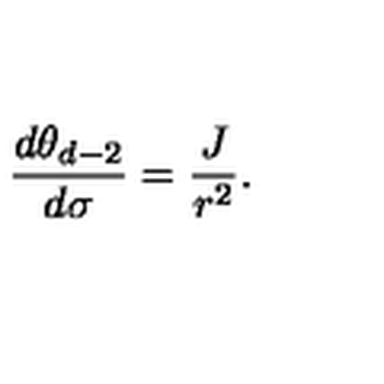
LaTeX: \frac { d \theta _ { d - 2 } } { d \sigma } = \frac { J } { r ^ { 2 } } .